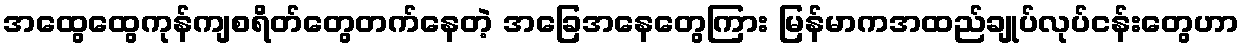
အထွေထွေကုန်ကျစရိတ်တွေတက်နေတဲ့ အခြေအနေတွေကြား မြန်မာကအထည်ချုပ်လုပ်ငန်းတွေဟာ